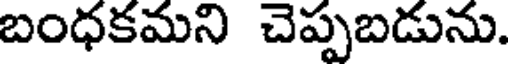
బంధకమని చెప్పబడును.